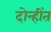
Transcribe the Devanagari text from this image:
दोन्हींत